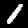
Label: 1